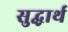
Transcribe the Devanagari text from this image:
सुद्धार्थ